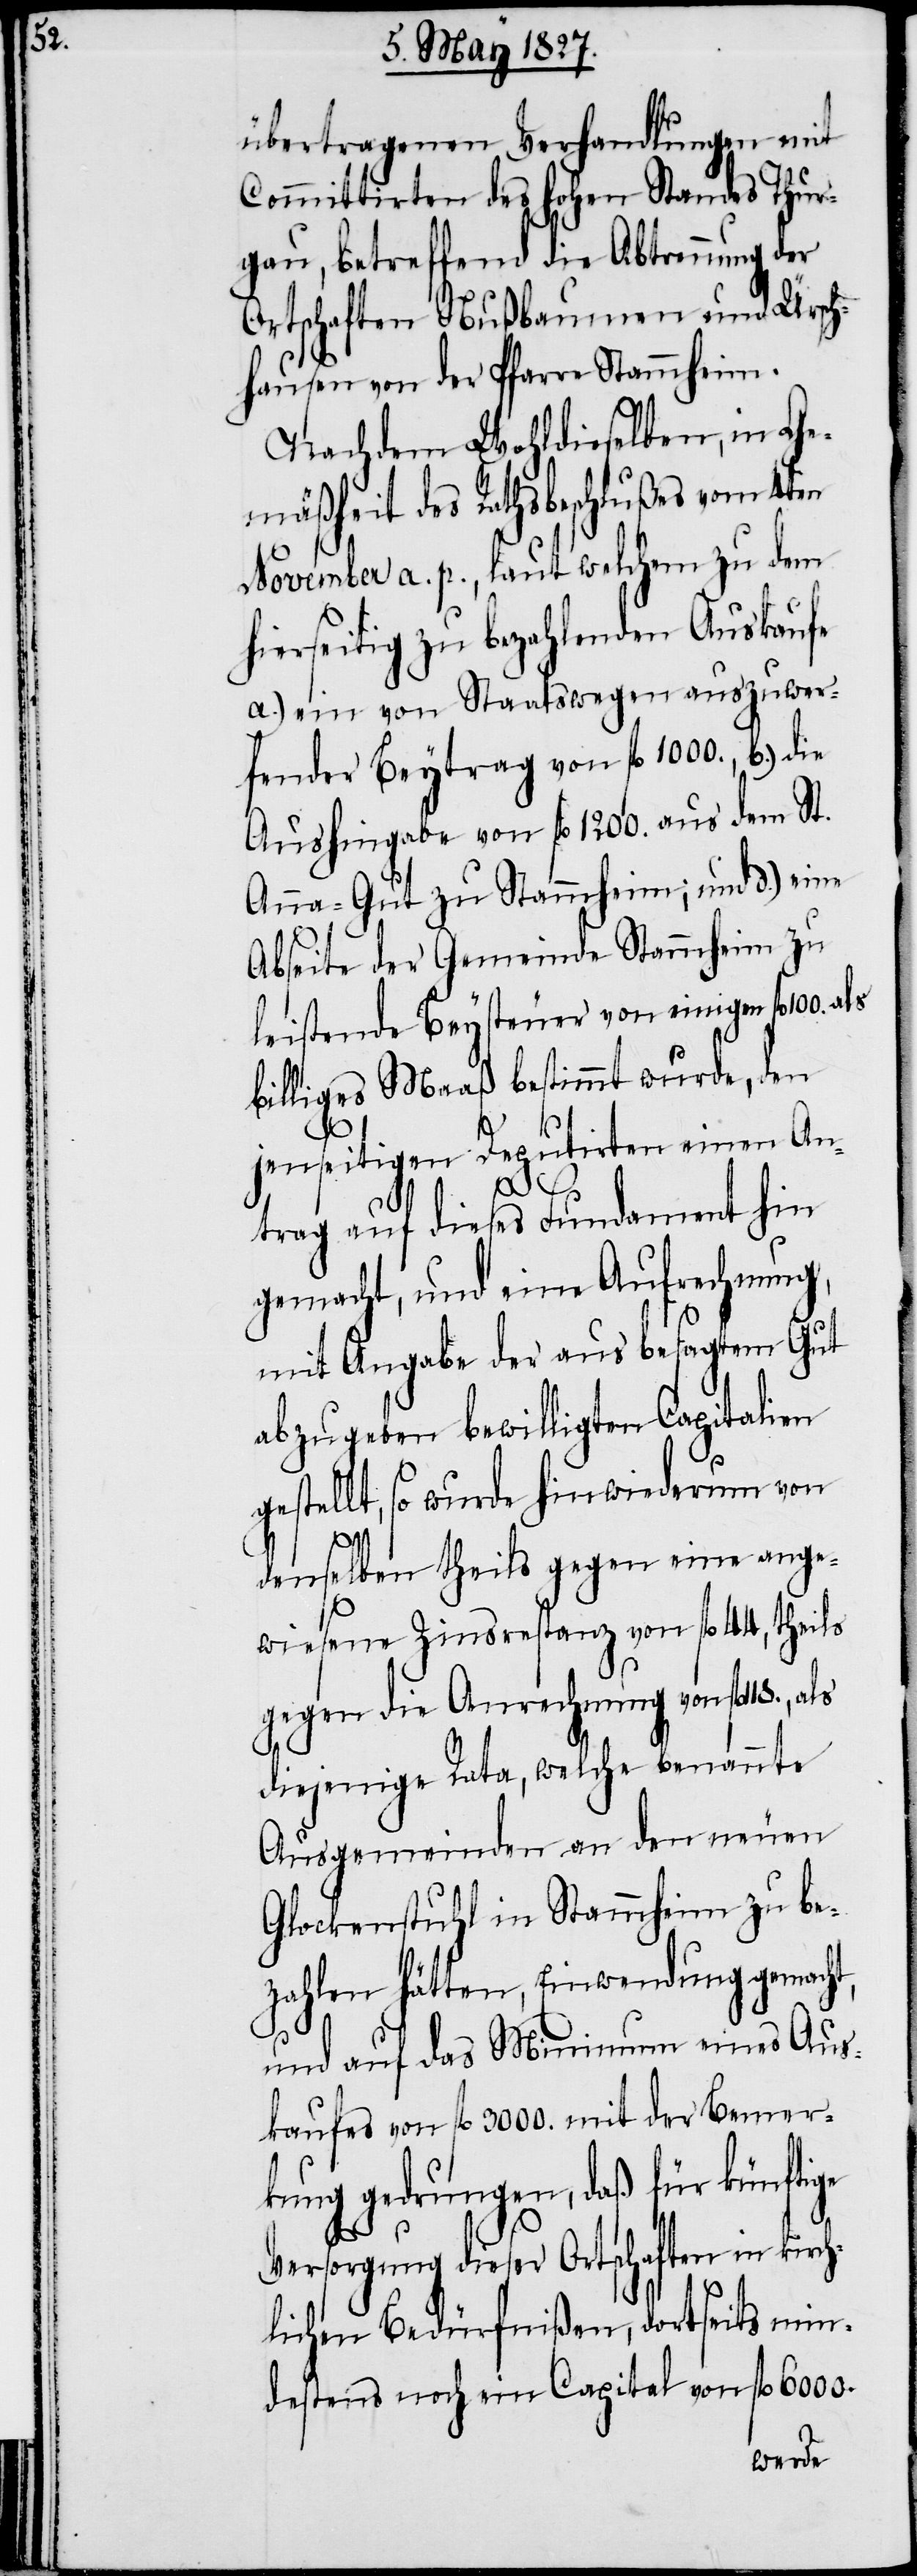
übertragenen Verhandlungen mit
Committirten des Hohen Standes Thur¬
gau betreffend die Abtrennung der
Ortschaften Nußbaumen und Ürsch¬
hausen von der Pfarre Stammheim.
Nachdem Wohldieselben, in Ge¬
mäßheit des Rathsbeschlußes vom 4ten
November a. p., laut welchem zu dem
hierseitig zu bezahlenden Auskaufe
a.) ein von Staatswegen auszuwer¬
fender Beytrag von fl. 1000., b.) die
Aushingabe von fl. 1200. aus dem St.
Anna-Gut zu Stammheim; und d.) [sic]
Abseite der Gemeinde Stammheim zu
leistende Beysteuer von einigen fl.
billiges Maaß bestimmt wurde, den
jenseitigen Deputirten einen An¬
t,
trag auf dieses Fundament hin
gemacht, und eine Aufrechnung,
mit Angabe der aus besagtem Gut
abzugeben bewilligten Capitalien
gestellt, so wurde hinwiederum von
denselben theils gegen eine ange¬
wiesene Zinsrestanz von fl. 44, theils
gegen die Anrechnung von fl.
diejenige Rata, welche benannte
Ausgemeinden an den neuen
Glockenstuhl in Stammheim zu be¬
zahlen hätten, Einwendung gemach¬
und auf das Minimum eines Aus¬
kaufes von fl. 3000. mit der Bemer¬
kung gedrungen, daß für künftige
Versorgung dieser Ortschaften in kirch¬
lichen Bedürfnißen, dortseits min¬
destes noch ein Capital von fl. 6000.